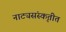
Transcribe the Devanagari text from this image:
नाट्यसंस्कृतीत